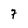
Character: 7